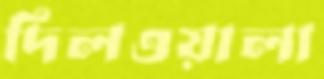
দিলওয়ালা